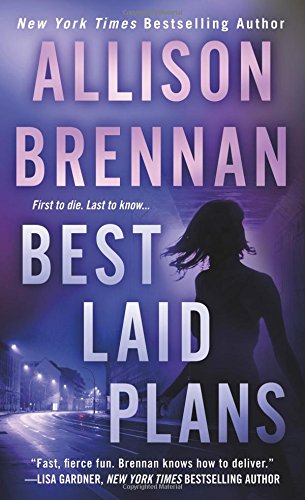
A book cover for Best Laid Plans (Lucy Kincaid Novels); Allison Brennan; Mystery, Thriller & Suspense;